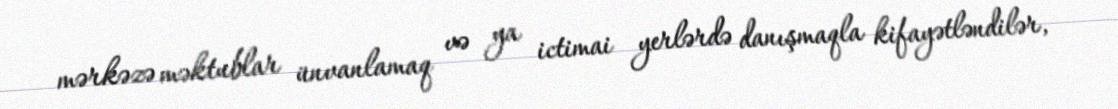
mərkəzə məktublar ünvanlamaq və ya ictimai yerlərdə danışmaqla kifayətləndilər,